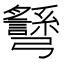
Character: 𢑉